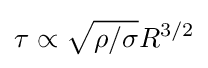
\tau \propto {\sqrt {\rho /\sigma }}R^{3/2}